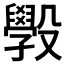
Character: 𭯄